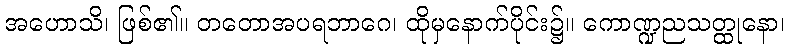
အဟောသိ၊ ဖြစ်၏။ တတောအပရဘာဂေ၊ ထိုမှနောက်ပိုင်း၌။ ကောဏ္ဍညသတ္ထုနော၊